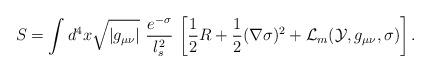
LaTeX: \begin{align*}S = \int d^4 x \sqrt{|g_{\mu\nu}|}\ \frac{e^{-\sigma}}{ l_s^2}\,\left[{1\over 2} R +{1\over 2}(\nabla\sigma)^2 + {\cal L}_m({\cal Y}, g_{\mu\nu}, \sigma) \right] .\end{align*}